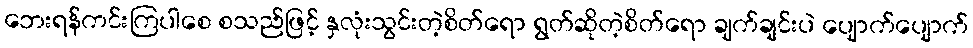
ဘေးရန်ကင်းကြပါစေ စသည်ဖြင့် နှလုံးသွင်းတဲ့စိတ်ရော ရွတ်ဆိုတဲ့စိတ်ရော ချက်ချင်းပဲ ပျောက်ပျောက်